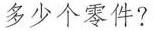
多少个零件?